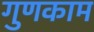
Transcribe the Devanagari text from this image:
गुणकाम